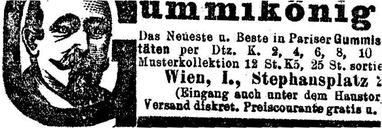
Gummikönig